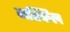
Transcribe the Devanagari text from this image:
मश्किल